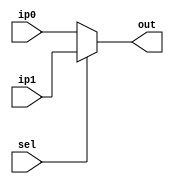
module mux_2x1_5(ip0, ip1, sel, out);
input sel;
input [4:0] ip1;
input [4:0] ip0;
output reg [4:0] out;

always@(*) begin
  if (sel==1'b1) begin
   out <= ip1;
  end 
  else begin 
   out <= ip0;
  end
end

endmodule


/////////////////////////////////////////////////////////////////
module mux_2x1_32(ip0, ip1, sel, out);
input sel;
input [31:0] ip1;
input [31:0] ip0;
output reg [31:0] out;

always@(*) begin
  if (sel==1'b1) begin
   out <= ip1;
  end 
  else begin 
   out <= ip0;
  end
end

endmodule



module mux_3x1_32(ip0,ip1,ip2,sel,out);

input [1:0]  sel;
input [31:0] ip1;
input [31:0] ip0;
input [31:0] ip2;
output reg [31:0] out;

always@(*) 
begin
	if(sel==2'b0)
	 out <= ip0;
  else if (sel==2'b1) begin
   out <= ip1;
  end 
  else if (sel==2'b10)begin 
   out <= ip2;
  end
end

endmodule